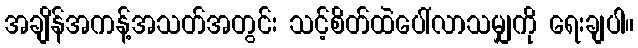
အချိန်အကန့်အသတ်အတွင်း သင့်စိတ်ထဲပေါ်လာသမျှကို ရေးချပါ။